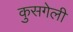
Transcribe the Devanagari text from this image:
कुसगेली